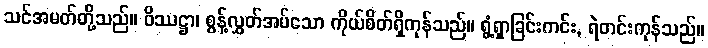
သင်အမတ်တို့သည်။ ဝိဿဋ္ဌာ၊ စွန့်လွှတ်အပ်သော ကိုယ်စိတ်ရှိကုန်သည်။ ရွံ့ရှာခြင်းကင်း, ရဲတင်းကုန်သည်။